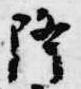
降